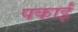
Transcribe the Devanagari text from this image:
पकाईं